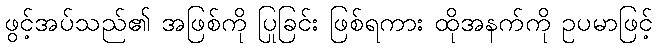
ဖွင့်အပ်သည်၏ အဖြစ်ကို ပြုခြင်း ဖြစ်ရကား ထိုအနက်ကို ဥပမာဖြင့်